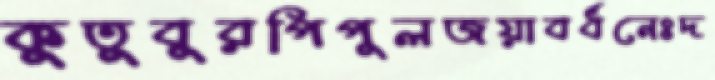
কুতুবুরপিপুলজয়াবর্ধনেঃদ